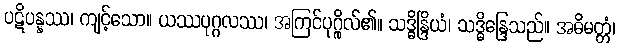
ပဋိပန္နဿ၊ ကျင့်သော။ ယဿပုဂ္ဂလဿ၊ အကြင်ပုဂ္ဂိုလ်၏။ သဒ္ဓိန္ဒြိယံ၊ သဒ္ဓိန္ဒြေသည်။ အဓိမတ္တံ၊